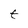
Character: t